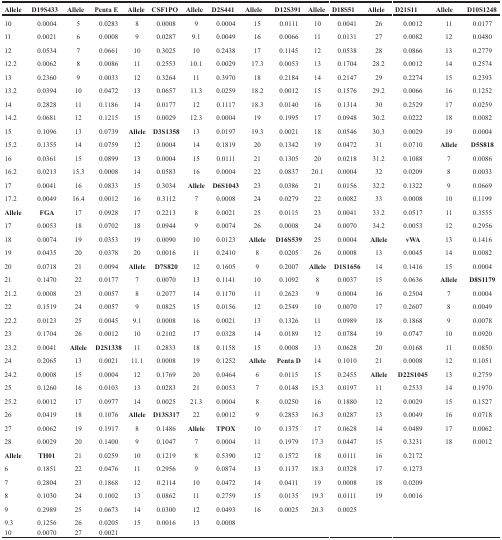
<table><thead><tr><td><b>Allele</b></td><td><b>D19S433</b></td><td><b>Allele</b></td><td><b>Penta E</b></td><td><b>Allele</b></td><td><b>CSF1PO</b></td><td><b>Allele</b></td><td><b>D2S441</b></td><td><b>Allele</b></td><td><b>D12S391</b></td><td><b>Allele</b></td><td><b>D18S51</b></td><td><b>Allele</b></td><td><b>D21S11</b></td><td><b>Allele</b></td><td><b>D10S1248</b></td></tr></thead><tbody><tr><td>10</td><td>0.0004</td><td>5</td><td>0.0283</td><td>8</td><td>0.0008</td><td>9</td><td>0.0004</td><td>15</td><td>0.0111</td><td>10</td><td>0.0041</td><td>26</td><td>0.0012</td><td>11</td><td>0.0177</td></tr><tr><td>11</td><td>0.0021</td><td>6</td><td>0.0008</td><td>9</td><td>0.0287</td><td>9.1</td><td>0.0049</td><td>16</td><td>0.0066</td><td>11</td><td>0.0131</td><td>27</td><td>0.0082</td><td>12</td><td>0.0480</td></tr><tr><td>12</td><td>0.0534</td><td>7</td><td>0.0661</td><td>10</td><td>0.3025</td><td>10</td><td>0.2438</td><td>17</td><td>0.1145</td><td>12</td><td>0.0538</td><td>28</td><td>0.0866</td><td>13</td><td>0.2779</td></tr><tr><td>12.2</td><td>0.0062</td><td>8</td><td>0.0086</td><td>11</td><td>0.2553</td><td>10.1</td><td>0.0029</td><td>17.3</td><td>0.0053</td><td>13</td><td>0.1704</td><td>28.2</td><td>0.0012</td><td>14</td><td>0.2574</td></tr><tr><td>13</td><td>0.2360</td><td>9</td><td>0.0033</td><td>12</td><td>0.3264</td><td>11</td><td>0.3970</td><td>18</td><td>0.2184</td><td>14</td><td>0.2147</td><td>29</td><td>0.2274</td><td>15</td><td>0.2393</td></tr><tr><td>13.2</td><td>0.0394</td><td>10</td><td>0.0472</td><td>13</td><td>0.0657</td><td>11.3</td><td>0.0259</td><td>18.2</td><td>0.0012</td><td>15</td><td>0.1576</td><td>29.2</td><td>0.0066</td><td>16</td><td>0.1252</td></tr><tr><td>14</td><td>0.2828</td><td>11</td><td>0.1186</td><td>14</td><td>0.0177</td><td>12</td><td>0.1117</td><td>18.3</td><td>0.0140</td><td>16</td><td>0.1314</td><td>30</td><td>0.2529</td><td>17</td><td>0.0259</td></tr><tr><td>14.2</td><td>0.0681</td><td>12</td><td>0.1215</td><td>15</td><td>0.0029</td><td>12.3</td><td>0.0004</td><td>19</td><td>0.1995</td><td>17</td><td>0.0948</td><td>30.2</td><td>0.0222</td><td>18</td><td>0.0082</td></tr><tr><td>15</td><td>0.1096</td><td>13</td><td>0.0739</td><td><b>Allele</b></td><td><b>D3S1358</b></td><td>13</td><td>0.0197</td><td>19.3</td><td>0.0021</td><td>18</td><td>0.0546</td><td>30.3</td><td>0.0029</td><td>19</td><td>0.0004</td></tr><tr><td>15.2</td><td>0.1355</td><td>14</td><td>0.0759</td><td>12</td><td>0.0004</td><td>14</td><td>0.1819</td><td>20</td><td>0.1342</td><td>19</td><td>0.0472</td><td>31</td><td>0.0710</td><td><b>Allele</b></td><td><b>D5S818</b></td></tr><tr><td>16</td><td>0.0361</td><td>15</td><td>0.0899</td><td>13</td><td>0.0004</td><td>15</td><td>0.0111</td><td>21</td><td>0.1305</td><td>20</td><td>0.0218</td><td>31.2</td><td>0.1088</td><td>7</td><td>0.0086</td></tr><tr><td>16.2</td><td>0.0213</td><td>15.3</td><td>0.0008</td><td>14</td><td>0.0583</td><td>16</td><td>0.0004</td><td>22</td><td>0.0837</td><td>20.1</td><td>0.0004</td><td>32</td><td>0.0209</td><td>8</td><td>0.0033</td></tr><tr><td>17</td><td>0.0041</td><td>16</td><td>0.0833</td><td>15</td><td>0.3034</td><td><b>Allele</b></td><td><b>D6S1043</b></td><td>23</td><td>0.0386</td><td>21</td><td>0.0156</td><td>32.2</td><td>0.1322</td><td>9</td><td>0.0669</td></tr><tr><td>17.2</td><td>0.0049</td><td>16.4</td><td>0.0012</td><td>16</td><td>0.3112</td><td>7</td><td>0.0008</td><td>24</td><td>0.0279</td><td>22</td><td>0.0082</td><td>33</td><td>0.0008</td><td>10</td><td>0.1199</td></tr><tr><td><b>Allele</b></td><td><b>FGA</b></td><td>17</td><td>0.0928</td><td>17</td><td>0.2213</td><td>8</td><td>0.0021</td><td>25</td><td>0.0115</td><td>23</td><td>0.0041</td><td>33.2</td><td>0.0517</td><td>11</td><td>0.3555</td></tr><tr><td>17</td><td>0.0053</td><td>18</td><td>0.0702</td><td>18</td><td>0.0944</td><td>9</td><td>0.0074</td><td>26</td><td>0.0008</td><td>24</td><td>0.0070</td><td>34.2</td><td>0.0053</td><td>12</td><td>0.2956</td></tr><tr><td>18</td><td>0.0074</td><td>19</td><td>0.0353</td><td>19</td><td>0.0090</td><td>10</td><td>0.0123</td><td><b>Allele</b></td><td><b>D16S539</b></td><td>25</td><td>0.0004</td><td><b>Allele</b></td><td><b>vWA</b></td><td>13</td><td>0.1416</td></tr><tr><td>19</td><td>0.0435</td><td>20</td><td>0.0378</td><td>20</td><td>0.0016</td><td>11</td><td>0.2410</td><td>8</td><td>0.0205</td><td>26</td><td>0.0008</td><td>13</td><td>0.0045</td><td>14</td><td>0.0082</td></tr><tr><td>20</td><td>0.0718</td><td>21</td><td>0.0094</td><td><b>Allele</b></td><td><b>D7S820</b></td><td>12</td><td>0.1605</td><td>9</td><td>0.2007</td><td><b>Allele</b></td><td><b>D1S1656</b></td><td>14</td><td>0.1416</td><td>15</td><td>0.0004</td></tr><tr><td>21</td><td>0.1470</td><td>22</td><td>0.0177</td><td>7</td><td>0.0070</td><td>13</td><td>0.1141</td><td>10</td><td>0.1092</td><td>8</td><td>0.0037</td><td>15</td><td>0.0636</td><td><b>Allele</b></td><td><b>D8S1179</b></td></tr><tr><td>21.2</td><td>0.0008</td><td>23</td><td>0.0057</td><td>8</td><td>0.2077</td><td>14</td><td>0.1170</td><td>11</td><td>0.2623</td><td>9</td><td>0.0004</td><td>16</td><td>0.2504</td><td>7</td><td>0.0004</td></tr><tr><td>22</td><td>0.1519</td><td>24</td><td>0.0057</td><td>9</td><td>0.0825</td><td>15</td><td>0.0156</td><td>12</td><td>0.2549</td><td>10</td><td>0.0070</td><td>17</td><td>0.2607</td><td>8</td><td>0.0049</td></tr><tr><td>22.2</td><td>0.0123</td><td>25</td><td>0.0045</td><td>9.1</td><td>0.0008</td><td>16</td><td>0.0021</td><td>13</td><td>0.1326</td><td>11</td><td>0.0989</td><td>18</td><td>0.1868</td><td>9</td><td>0.0078</td></tr><tr><td>23</td><td>0.1704</td><td>26</td><td>0.0012</td><td>10</td><td>0.2102</td><td>17</td><td>0.0328</td><td>14</td><td>0.0189</td><td>12</td><td>0.0784</td><td>19</td><td>0.0747</td><td>10</td><td>0.0920</td></tr><tr><td>23.2</td><td>0.0041</td><td><b>Allele</b></td><td><b>D2S1338</b></td><td>11</td><td>0.2833</td><td>18</td><td>0.1158</td><td>15</td><td>0.0008</td><td>13</td><td>0.0628</td><td>20</td><td>0.0168</td><td>11</td><td>0.0850</td></tr><tr><td>24</td><td>0.2065</td><td>13</td><td>0.0021</td><td>11.1</td><td>0.0008</td><td>19</td><td>0.1252</td><td><b>Allele</b></td><td><b>Penta D</b></td><td>14</td><td>0.1010</td><td>21</td><td>0.0008</td><td>12</td><td>0.1051</td></tr><tr><td>24.2</td><td>0.0008</td><td>15</td><td>0.0004</td><td>12</td><td>0.1769</td><td>20</td><td>0.0464</td><td>6</td><td>0.0115</td><td>15</td><td>0.2455</td><td><b>Allele</b></td><td><b>D22S1045</b></td><td>13</td><td>0.2759</td></tr><tr><td>25</td><td>0.1260</td><td>16</td><td>0.0103</td><td>13</td><td>0.0283</td><td>21</td><td>0.0053</td><td>7</td><td>0.0148</td><td>15.3</td><td>0.0197</td><td>11</td><td>0.2533</td><td>14</td><td>0.1970</td></tr><tr><td>25.2</td><td>0.0012</td><td>17</td><td>0.0977</td><td>14</td><td>0.0025</td><td>21.3</td><td>0.0004</td><td>8</td><td>0.0250</td><td>16</td><td>0.1880</td><td>12</td><td>0.0029</td><td>15</td><td>0.1527</td></tr><tr><td>26</td><td>0.0419</td><td>18</td><td>0.1076</td><td><b>Allele</b></td><td><b>D13S317</b></td><td>22</td><td>0.0012</td><td>9</td><td>0.2853</td><td>16.3</td><td>0.0287</td><td>13</td><td>0.0049</td><td>16</td><td>0.0718</td></tr><tr><td>27</td><td>0.0062</td><td>19</td><td>0.1917</td><td>8</td><td>0.1486</td><td><b>Allele</b></td><td><b>TPOX</b></td><td>10</td><td>0.1375</td><td>17</td><td>0.0628</td><td>14</td><td>0.0489</td><td>17</td><td>0.0062</td></tr><tr><td>28</td><td>0.0029</td><td>20</td><td>0.1400</td><td>9</td><td>0.1047</td><td>7</td><td>0.0004</td><td>11</td><td>0.1979</td><td>17.3</td><td>0.0447</td><td>15</td><td>0.3231</td><td>18</td><td>0.0012</td></tr><tr><td><b>Allele</b></td><td><b>TH01</b></td><td>21</td><td>0.0259</td><td>10</td><td>0.1219</td><td>8</td><td>0.5390</td><td>12</td><td>0.1572</td><td>18</td><td>0.0111</td><td>16</td><td>0.2172</td><td></td><td></td></tr><tr><td>6</td><td>0.1851</td><td>22</td><td>0.0476</td><td>11</td><td>0.2956</td><td>9</td><td>0.0874</td><td>13</td><td>0.1137</td><td>18.3</td><td>0.0328</td><td>17</td><td>0.1273</td><td></td><td></td></tr><tr><td>7</td><td>0.2804</td><td>23</td><td>0.1868</td><td>12</td><td>0.2114</td><td>10</td><td>0.0472</td><td>14</td><td>0.0411</td><td>19</td><td>0.0008</td><td>18</td><td>0.0209</td><td></td><td></td></tr><tr><td>8</td><td>0.1030</td><td>24</td><td>0.1002</td><td>13</td><td>0.0862</td><td>11</td><td>0.2759</td><td>15</td><td>0.0135</td><td>19.3</td><td>0.0111</td><td>19</td><td>0.0016</td><td></td><td></td></tr><tr><td>9</td><td>0.2989</td><td>25</td><td>0.0673</td><td>14</td><td>0.0300</td><td>12</td><td>0.0493</td><td>16</td><td>0.0025</td><td>20.3</td><td>0.0025</td><td></td><td></td><td></td><td></td></tr><tr><td>9.3</td><td>0.1256</td><td>26</td><td>0.0205</td><td>15</td><td>0.0016</td><td>13</td><td>0.0008</td><td></td><td></td><td></td><td></td><td></td><td></td><td></td><td></td></tr><tr><td>10</td><td>0.0070</td><td>27</td><td>0.0021</td><td></td><td></td><td></td><td></td><td></td><td></td><td></td><td></td><td></td><td></td><td></td><td></td></tr></tbody></table>